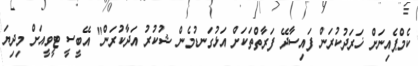
ކެމްޕެއިނަށް ޚަރަދުކުރަން ފައިސާދޭ ފަރާތްތަކަށް އަޅުގަނޑުމެން ޝުކުރު އަދާކުރަން" އޭބީސީ ޓީވީއަށް މިދިޔަ